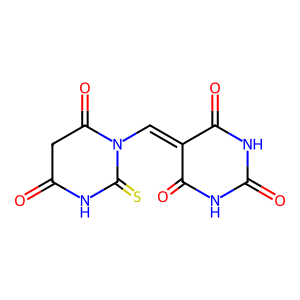
SMILES: O=C1CC(=O)N(C=C2C(=O)NC(=O)NC2=O)C(=S)N1
Inhibits HIV replication: No